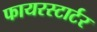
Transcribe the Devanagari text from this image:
फायरस्टार्टर